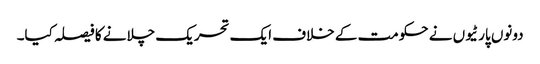
دونوں پارٹیوں نے حکومت کے خلاف ایک تحریک چلانے کا فیصلہ کیا۔